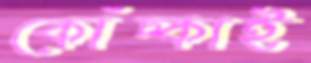
কোঁচ্‌কাই